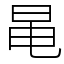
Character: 㫣